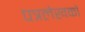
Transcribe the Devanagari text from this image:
पत्रलेखकों